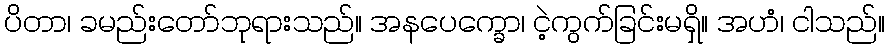
ပိတာ၊ ခမည်းတော်ဘုရားသည်။ အနပေက္ခော၊ ငဲ့ကွက်ခြင်းမရှိ။ အဟံ၊ ငါသည်။